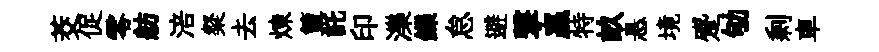
茭促零舫涪粲去煉簞託印濼鑠怠避撃贏特畝悬境蹙劬剩車